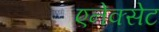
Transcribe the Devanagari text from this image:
एनेक्सेट